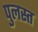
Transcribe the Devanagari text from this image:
पुलस्त